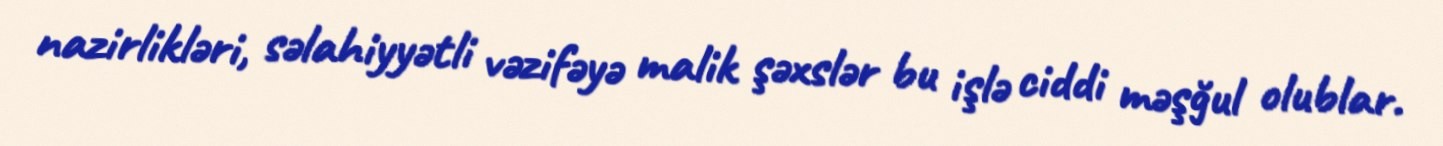
nazirlikləri, səlahiyyətli vəzifəyə malik şəxslər bu işlə ciddi məşğul olublar.